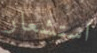
استشعار